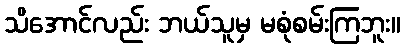
သိအောင်လည်း ဘယ်သူမှ မစုံစမ်းကြဘူး။